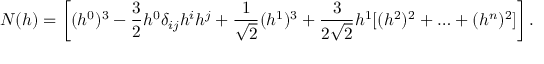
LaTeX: N ( h ) = \left[ ( h ^ { 0 } ) ^ { 3 } - \frac { 3 } { 2 } h ^ { 0 } \delta _ { i j } h ^ { i } h ^ { j } + \frac { 1 } { \sqrt { 2 } } ( h ^ { 1 } ) ^ { 3 } + \frac { 3 } { 2 \sqrt { 2 } } h ^ { 1 } [ ( h ^ { 2 } ) ^ { 2 } + \ldots + ( h ^ { n } ) ^ { 2 } ] \right] .